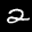
Label: 2